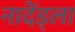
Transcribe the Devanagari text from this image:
नादेंड्ला